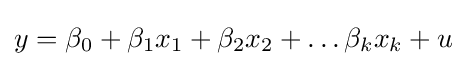
y=\beta _{0}+\beta _{1}x_{1}+\beta _{2}x_{2}+\dots \beta _{k}x_{k}+u